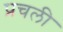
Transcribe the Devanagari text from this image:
प्रचली